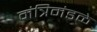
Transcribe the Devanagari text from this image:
मंत्रिमंडळे